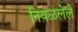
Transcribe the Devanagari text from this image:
निवळलेले